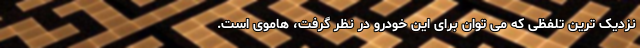
نزدیک ترین تلفظی که می توان برای این خودرو در نظر گرفت، هاموی است.